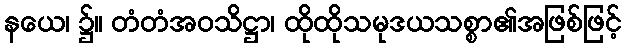
နယေ၊ ၌။ တံတံအဝသိဋ္ဌာ၊ ထိုထိုသမုဒယသစ္စာ၏အဖြစ်ဖြင့်